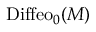
\mathrm { D i f f e o } _ { 0 } ( M )